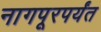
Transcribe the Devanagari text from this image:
नागपूरपर्यंत